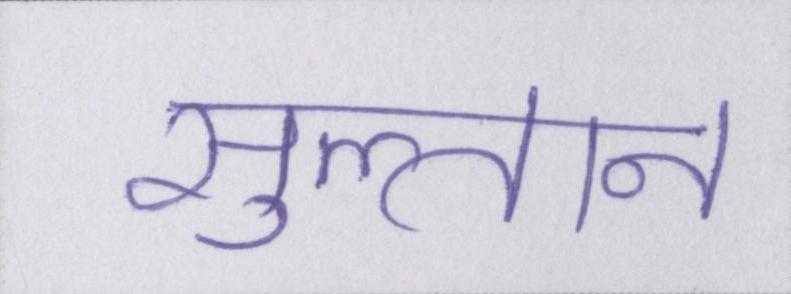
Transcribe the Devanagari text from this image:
सुल्तान